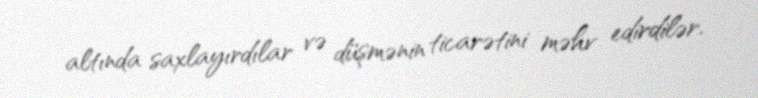
altında saxlayırdılar və düşmənin ticarətini məhv edirdilər.